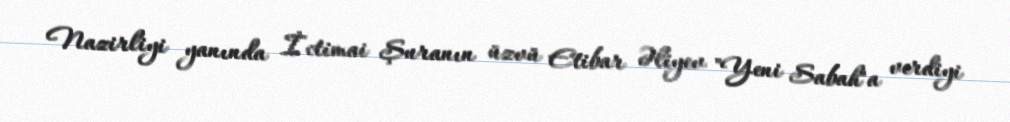
Nazirliyi yanında İctimai Şuranın üzvü Etibar Əliyev "Yeni Sabah"a verdiyi